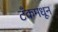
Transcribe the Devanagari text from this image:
टँकमधून